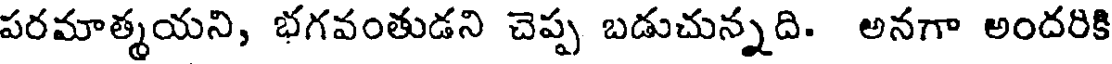
పరమాత్మయని, భగవంతుడని చెప్ప బడుచున్నది. అనగా అందరికి